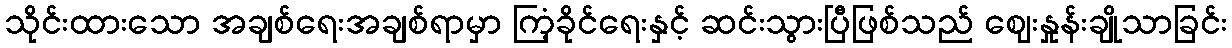
သိုင်းထားသော အချစ်ရေးအချစ်ရာမှာ ကြံ့ခိုင်ရေးနှင့် ဆင်းသွားပြီဖြစ်သည် ဈေးနှုန်းချိုသာခြင်း